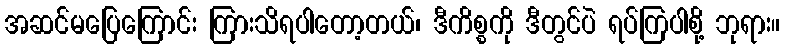
အဆင်မပြေကြောင်း ကြားသိရပါတော့တယ်၊ ဒီကိစ္စကို ဒီတွင်ပဲ ရပ်ကြပါစို့ ဘုရား။